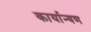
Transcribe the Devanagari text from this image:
कार्यान्वण